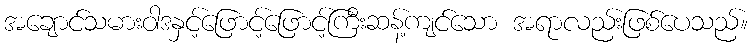
အချောင်သမားဝါဒနှင့်ဖြောင့်ဖြောင့်ကြီးဆန့်ကျင်သော အရာလည်းဖြစ်ပေသည်။